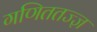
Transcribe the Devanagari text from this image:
गणिततज्ज्ञ